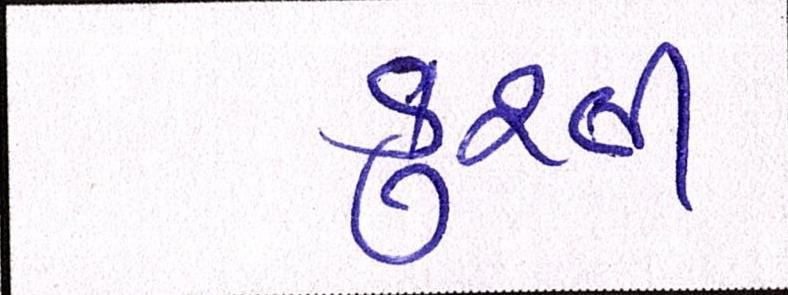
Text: કુશ્તી